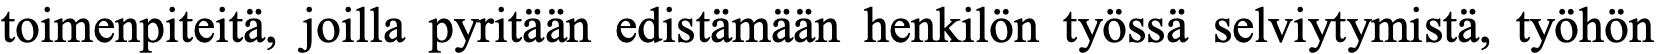
toimenpiteitä, joilla pyritään edistämään henkilön työssä selviytymistä, työhön